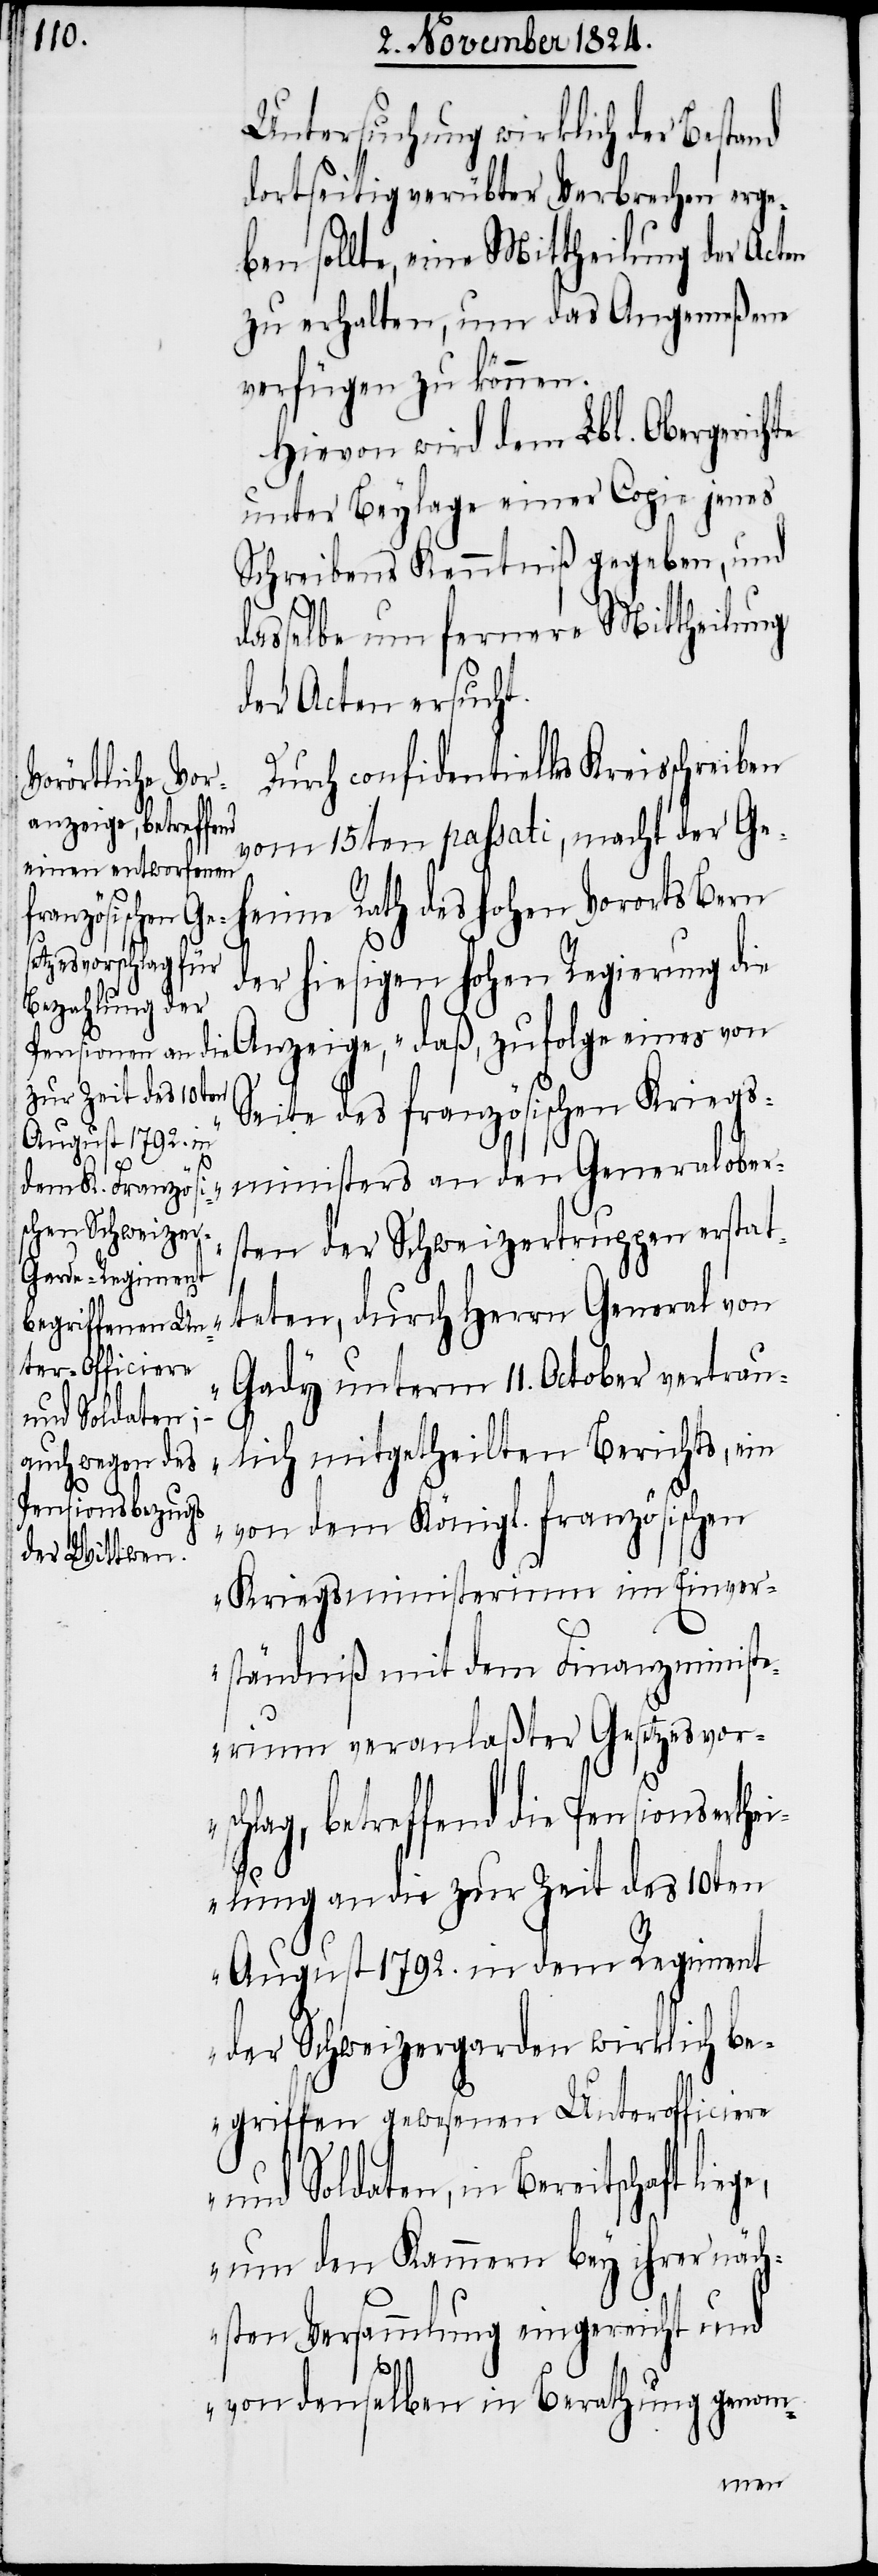
Untersuchung wirklich der Bestand
dortseitig verübter Verbrechen erge¬
ben sollte, eine Mittheilung der Acten
zu erhalten, um das Angemeßene
verfügen zu können.
Hievon wird dem Lbl. Obergerichte
unter Beylage einer Copie jenes
Schreibens Kenntniß gegeben, und
dasselbe um fernere Mittheilung
der Acten ersucht.
Durch confidentielles Kreisschreiben
vom 15ten passati, macht der Ge¬
heime Rath des hohen Vororts Bern
der hiesigen hohen Regierung die
Seite des französischen Kriegs¬
ministers an den Generalober¬
sten der Schweizertruppen erstat¬
teten, durch Herrn General von
Gady unterm 11. October vertrau¬
und Soldaten,
lich mitgetheilten Berichts, ein
von dem Königl. französischen
Kriegsministerium im Einver¬
ständniß mit dem Finanzministe¬
rium veranlaßter Gesetzesvors¬
chlag, betreffend die Pensionserth¬
eilung an die zur Zeit des 10ten
August 1792. in dem Regiment
der Schweizergarden wirklich be¬
griffen gewesenen Unterofficiere
um den Kammern bey ihrer näch¬
sten Versammlung eingereicht und
„daß,
von denselben in Berathung genom-